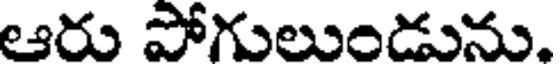
ఆరు పోగులుండును,